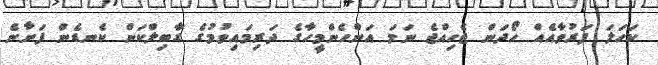
ކަހަލަ ފަރުވާއެއް ހޯދަން ޖެހިއްޖެ ނަމަ އަންހެންމީހާގެ ދަރިމައިވުމުގެ ގާބިލްކަން ކެނޑެން ފަށާނެ